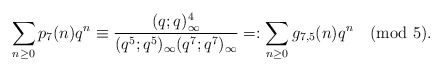
\begin{align*}\sum_{n\ge 0}p_7(n)q^n\equiv\frac{(q;q)_\infty^4}{(q^5;q^5)_\infty(q^7;q^7)_\infty}=:\sum_{n\ge 0}g_{7,5}(n)q^n \pmod{5}.\end{align*}